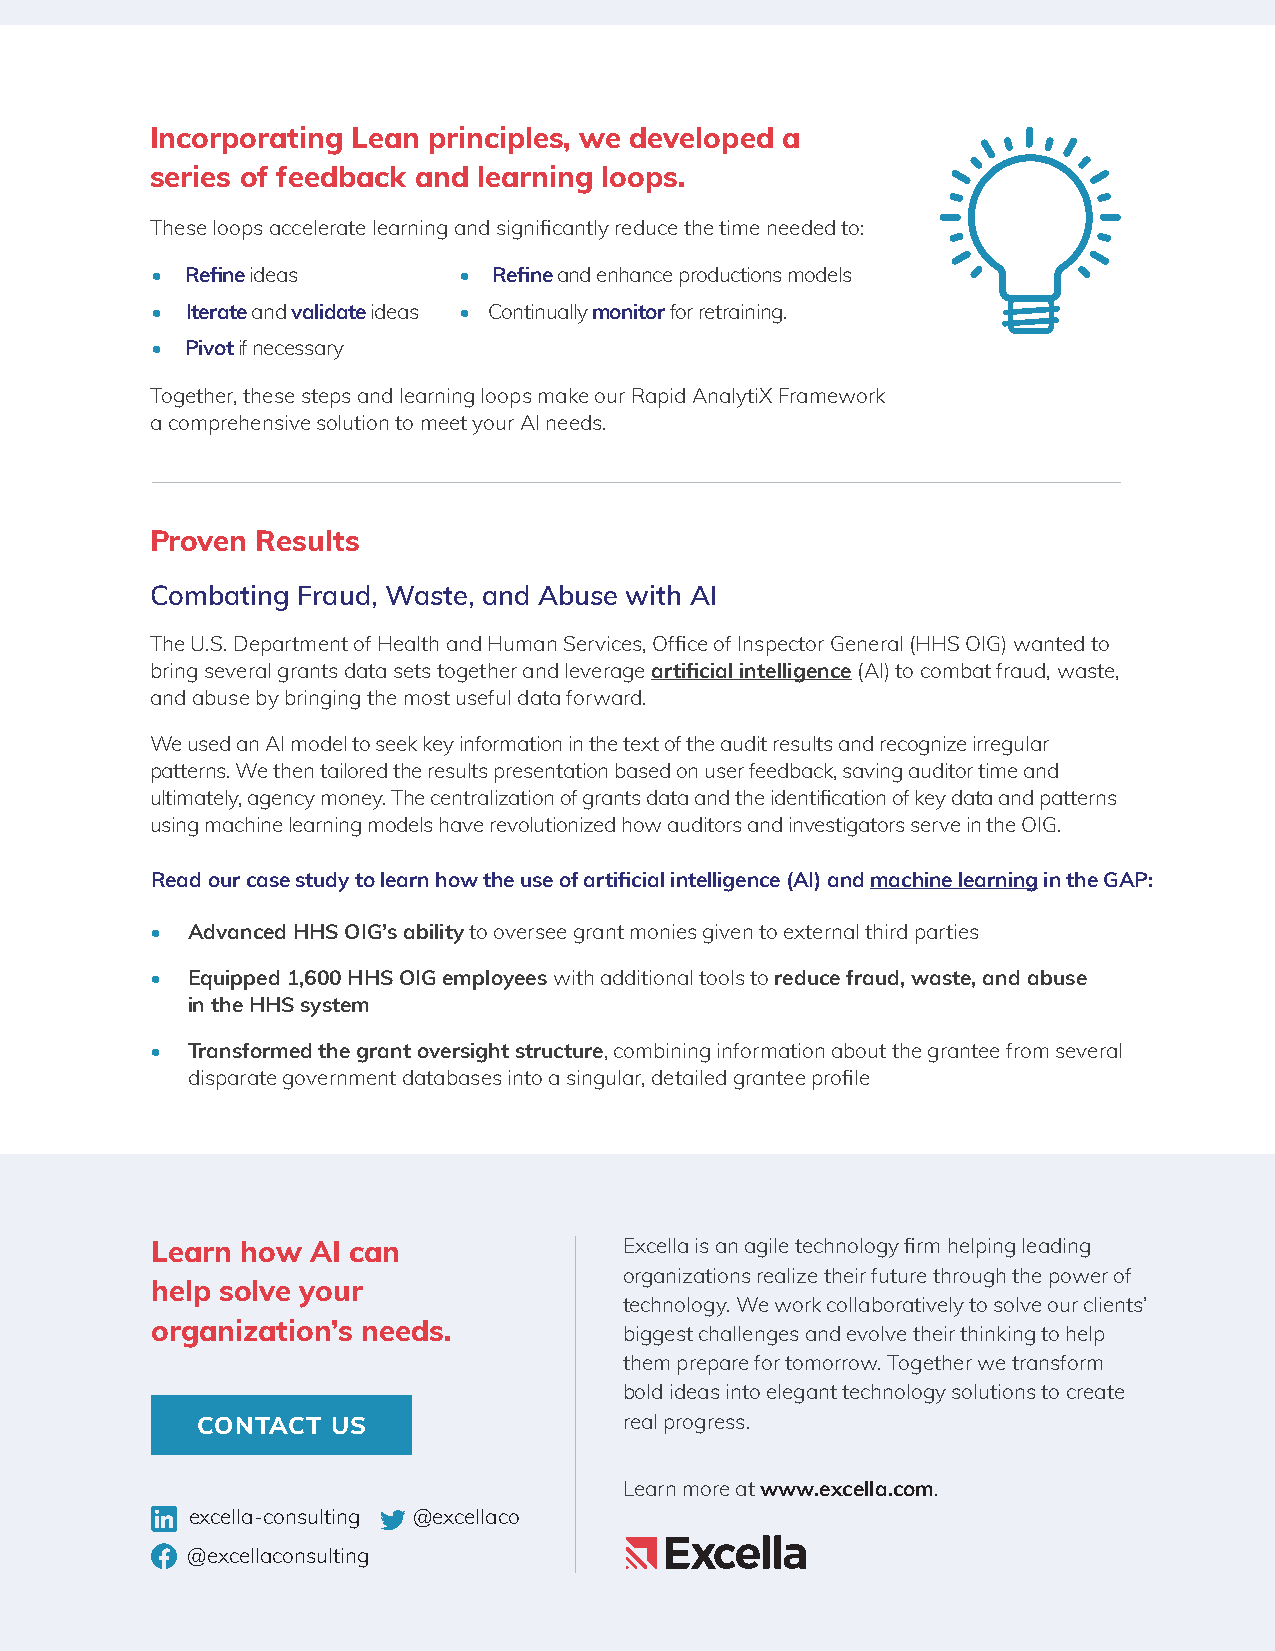
Incorporating Lean principles, we developed a
 series of feedback and learning loops.
 These loops accelerate learning and significantly reduce the time needed to:
 • Refine ideas      •  Refine and enhance productions models
 • Iterate and validate ideas • Continually monitor for retraining.
 • Pivot if necessary
 Together, these steps and learning loops make our Rapid AnalytiX Framework
 a comprehensive solution to meet your AI needs.
 Proven Results
 Combating Fraud, Waste, and Abuse with AI
 The U.S. Department of Health and Human Services, Office of Inspector General (HHS OIG) wanted to
 bring several grants data sets together and leverage artificial intelligence (AI) to combat fraud, waste,
 and abuse by bringing the most useful data forward.
 We used an AI model to seek key information in the text of the audit results and recognize irregular
 patterns. We then tailored the results presentation based on user feedback, saving auditor time and
 ultimately, agency money. The centralization of grants data and the identification of key data and patterns
 using machine learning models have revolutionized how auditors and investigators serve in the OIG.
 Read our case study to learn how the use of artificial intelligence (AI) and machine learning in the GAP:
 • Advanced HHS OIG’s ability to oversee grant monies given to external third parties
 • Equipped 1,600 HHS OIG employees with additional tools to reduce fraud, waste, and abuse
 in the HHS system
 • Transformed the grant oversight structure, combining information about the grantee from several
 disparate government databases into a singular, detailed grantee profile
 Learn how  AI can              Excella is an agile technology firm helping leading
 organizations realize their future through the power of
 help solve your
 technology. We work collaboratively to solve our clients’
 organization’s needs.          biggest challenges and evolve their thinking to help
 them prepare for tomorrow. Together we transform
 bold ideas into elegant technology solutions to create
 CONTACT  US                 real progress.
 Learn more at www.excella.com.
 excella-consulting @excellaco
 @excellaconsulting